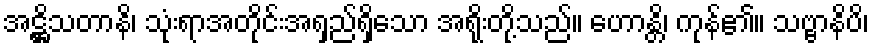
အဋ္ဌိသတာနိ၊ သုံးရာအတိုင်းအရှည်ရှိသော အရိုးတို့သည်။ ဟောန္တိ၊ ကုန်၏။ သဗ္ဗာနိပိ၊